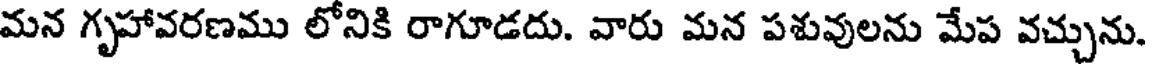
మన గృహావరణము లోనికి రాగూడదు. వారు మన పశువులను మేప వచ్చును.